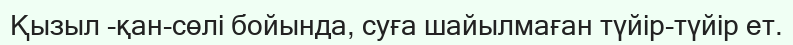
Қызыл -қан-сөлі бойында, суға шайылмаған түйір-түйір ет.